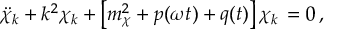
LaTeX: \ddot { \chi } _ { k } + k ^ { 2 } \chi _ { k } + \left[ m _ { \chi } ^ { 2 } + p ( \omega t ) + q ( t ) \right] \chi _ { k } \, = 0 \, ,